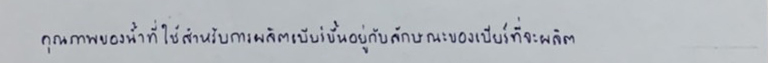
คุณภาพของน้ำที่ใช้สำหรับการผลิตเบียร์ขึ้นอยู่กับลักษณะของเบียร์ที่จะผลิต